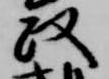
政